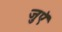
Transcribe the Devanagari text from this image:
जुएॅ